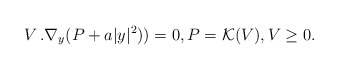
\begin{align*}\sl V\,.\nabla_y (P+ a |y|^2))=0, P={\cal K}(V), V\ge 0.\normalcolor\end{align*}